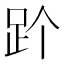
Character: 𬦡